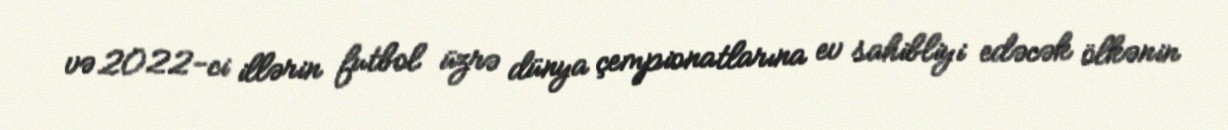
və 2022-ci illərin futbol üzrə dünya çempionatlarına ev sahibliyi edəcək ölkənin